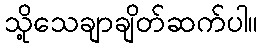
သို့သေချာချိတ်ဆက်ပါ။